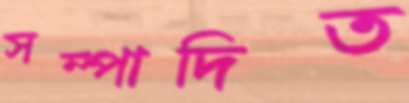
সম্পাদিত